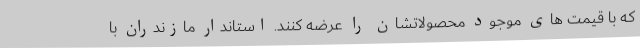
که با قیمت های موجود محصولاتشان را عرضه کنند. استاندار مازندران با